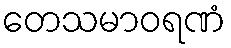
တေသမာဝရဏံ